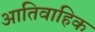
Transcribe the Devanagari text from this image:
आतिवाहिक